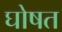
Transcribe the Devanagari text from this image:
घोषत